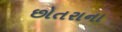
છોતરાના